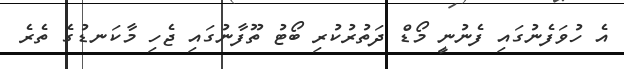
އެ ހުވަފެނުގައި ފެނުނީ މޯޑް ދަތުރުކުރި ބޯޓު ތޫފާނުގައި ޖެހި މާކަނޑުގެ ތެރެ